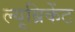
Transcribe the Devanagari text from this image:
ल्यूब्रिकेंट